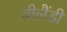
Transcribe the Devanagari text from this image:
वीलैंडी